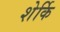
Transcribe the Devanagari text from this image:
शेर्कि